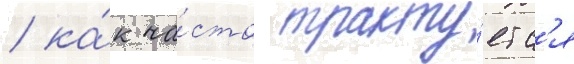
/ ка́к ча́сто тракту́етс'я